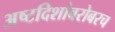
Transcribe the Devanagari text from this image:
अष्टदिशांबरोबरच